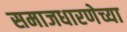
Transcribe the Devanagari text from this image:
समाजधारणेच्या